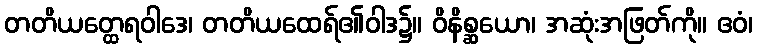
တတိယတ္ထေရဝါဒေ၊ တတိယထေရ်၏ဝါဒ၌။ ဝိနိစ္ဆယော၊ အဆုံးအဖြတ်ကို။ ဧဝံ၊